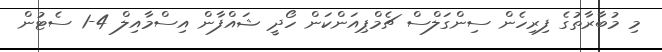
މި މުބާރާތުގެ ފިރިހެން ސިންގަލްސް ޗެމްޕިއަންކަން ހޯދީ ޝައްފާން އިސްމާއިލް 4-1 ސެޓުން